Report of an investigation of the epidemic of malarial fever in Assam, or, kala-azar
Disease focus: Malaria
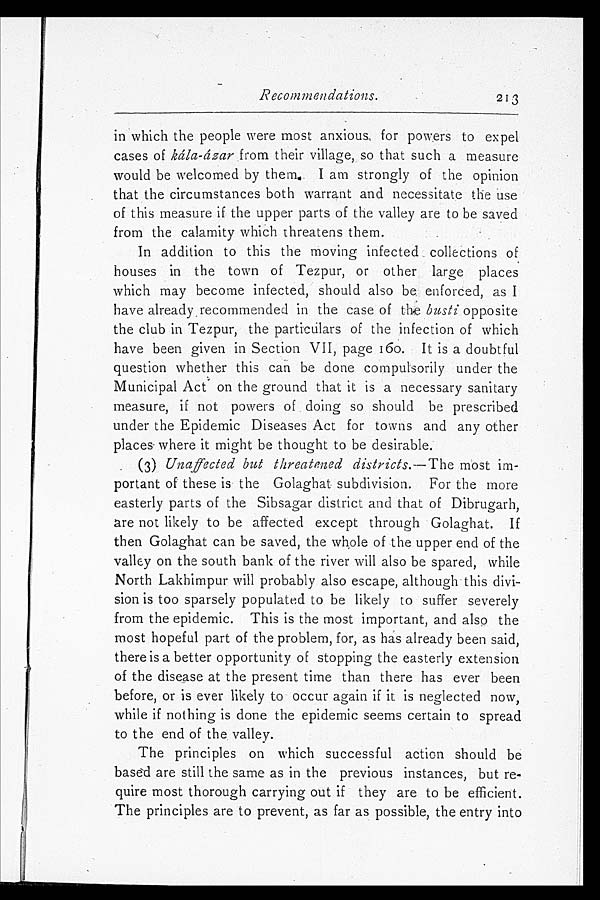
Recommendations. 213
in which the people were most anxious, for powers to expel
cases of kála-ázar from their village, so that such a measure
would be welcomed by them. I am strongly of the opinion
that the circumstances both warrant and necessitate the use
of this measure if the upper parts of the valley are to be saved
from the calamity which threatens them.
In addition to this the moving infected collections of
houses in the town of Tezpur, or other large places
which may become infected, should also be enforced, as I
have already , recommended in the case of the busti opposite
the club in Tezpur, the particulars of the infection of which
have been given in Section VII, page 160. It is a doubtful
question whether this can be done compulsorily under the
Municipal Act on the ground that it is a necessary sanitary
measure, if not powers of doing so should be prescribed
under the Epidemic Diseases Act for towns and any other
places where it might be thought to be desirable.
(3) Unaffected but threatened districts.— The most im-
portant of these is the Golaghat subdivision. For the more
easterly parts of the Sibsagar district and that of Dibrugarh,
are not likely to be affected except through Golaghat. If
then Golaghat can be saved, the whole of the upper end of the
valley on the south bank of the river will also be spared, while
North Lakhimpur will probably also escape, although this divi-
sion is too sparsely populated to be likely to suffer severely
from the epidemic. This is the most important, and also the
most hopeful part of the problem, for, as has already been said,
there is a better opportunity of stopping the easterly extension
of the disease at the present time than there has ever been
before, or is ever likely to occur again if it is neglected now,
while if nothing is done the epidemic seems certain to spread
to the end of the valley.
The principles on which successful action should be
based are still the same as in the previous instances, but re-
quire most thorough carrying out if they are to be efficient.
The principles are to prevent, as far as possible, the entry into